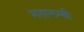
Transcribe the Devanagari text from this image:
मतालम्बी